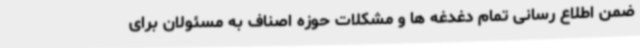
ضمن اطلاع رسانی تمام دغدغه ها و مشکلات حوزه اصناف به مسئولان برای